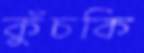
কুঁচকি